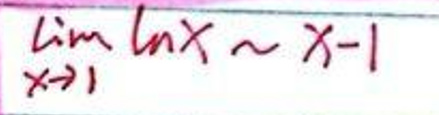
\(\lim_{x \to 1} \ln x \sim x - 1\)